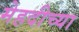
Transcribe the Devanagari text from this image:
मेहदीच्या